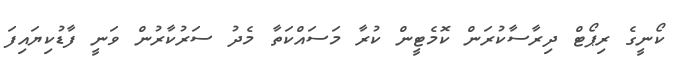
ކޯނީގެ ރިޕޯޓް ދިރާސާކުރަން ކޮމެޓީން ކުރާ މަސައްކަތާ މެދު ސަރުކާރުން ވަނީ ފާޑުކިޔައިފަ